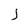
Character: j